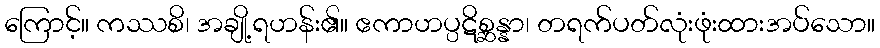
ကြောင့်။ ကဿစိ၊ အချို့ရဟန်း၏။ ဧကာဟပ္ပဋိစ္ဆန္နာ၊ တရက်ပတ်လုံးဖုံးထားအပ်သော။